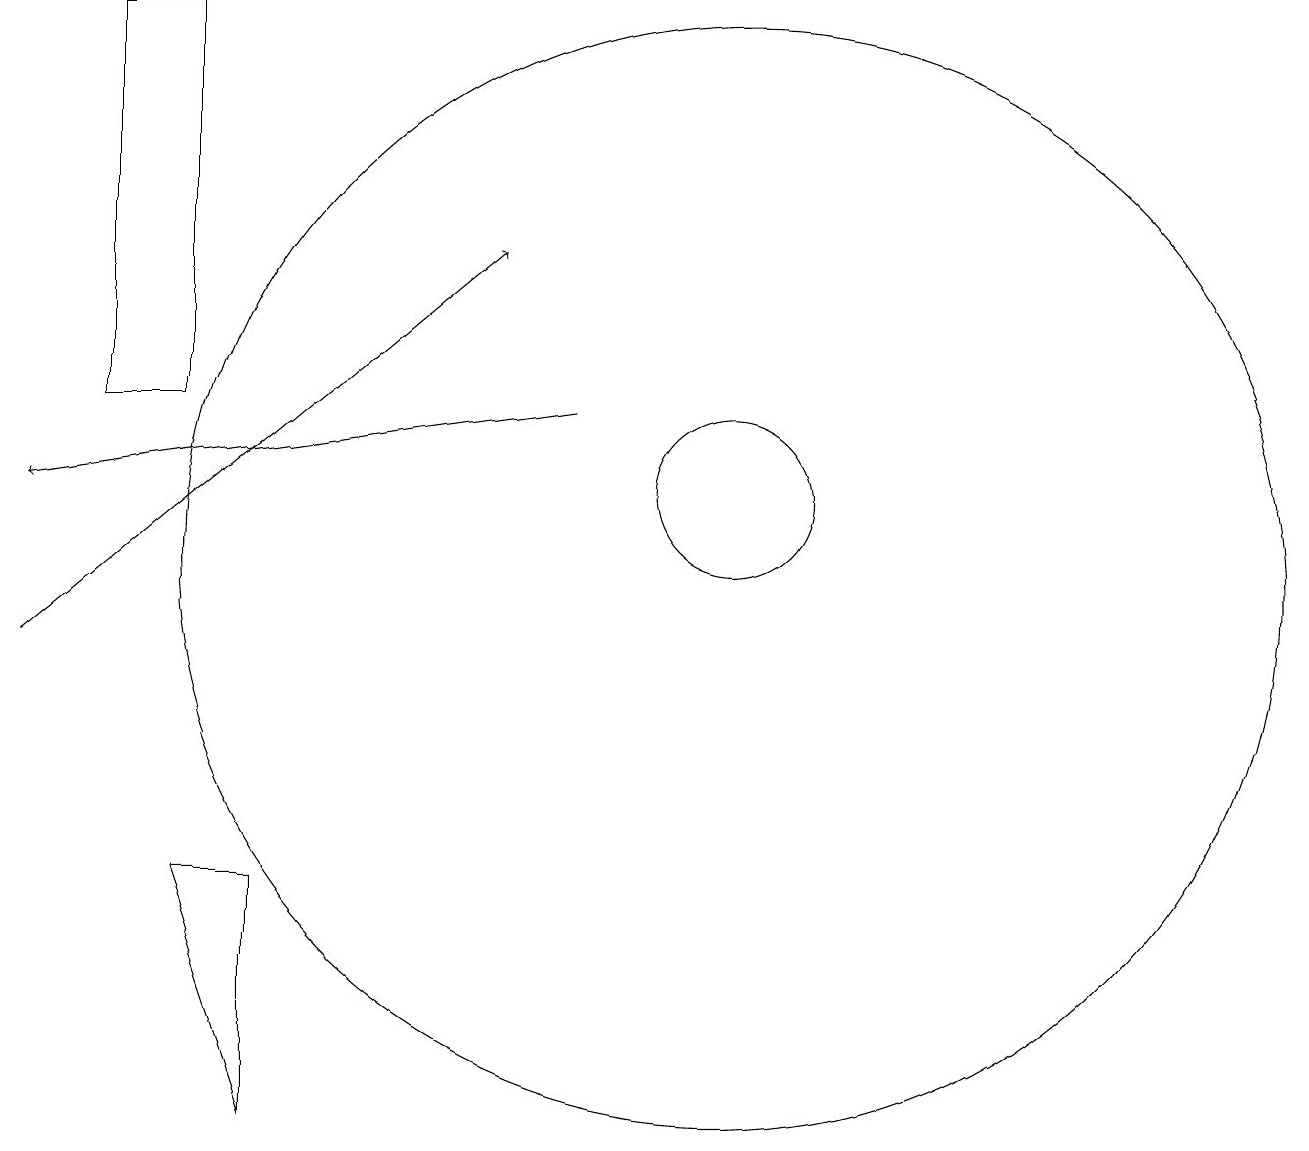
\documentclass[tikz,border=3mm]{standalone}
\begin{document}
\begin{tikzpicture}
\draw[->] (2,10) -- (8,15);
\draw (11,12) circle (1);
\draw (11,11) circle (0);
\draw (11,11) circle (7);
\draw[->] (9,13) -- (2,12);
\draw (5,7) -- (4,7) -- (5,4) -- cycle;
\draw (3,18) rectangle (4,13);
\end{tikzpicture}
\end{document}